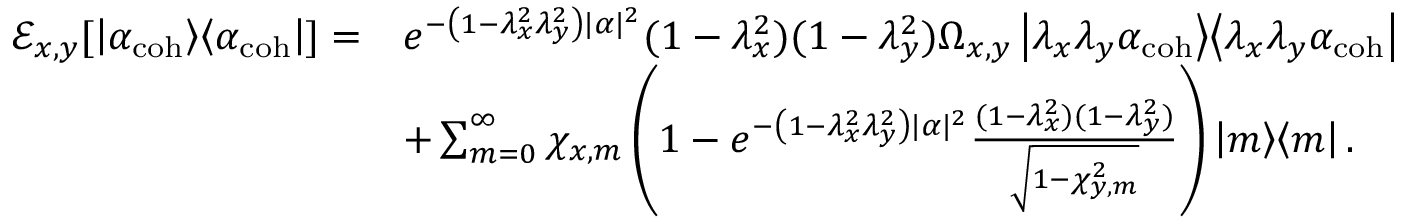
\begin{array} { r l } { \mathcal { E } _ { x , y } [ \left| \alpha _ { \mathrm { c o h } } \middle > \middle < \alpha _ { \mathrm { c o h } } \right| ] = } & { e ^ { - \left( 1 - \lambda _ { x } ^ { 2 } \lambda _ { y } ^ { 2 } \right) | \alpha | ^ { 2 } } ( 1 - \lambda _ { x } ^ { 2 } ) ( 1 - \lambda _ { y } ^ { 2 } ) \Omega _ { x , y } \left| \lambda _ { x } \lambda _ { y } \alpha _ { \mathrm { c o h } } \middle > \middle < \lambda _ { x } \lambda _ { y } \alpha _ { \mathrm { c o h } } \right| } \\ & { + \sum _ { m = 0 } ^ { \infty } \chi _ { x , m } \left( 1 - e ^ { - \left( 1 - \lambda _ { x } ^ { 2 } \lambda _ { y } ^ { 2 } \right) | \alpha | ^ { 2 } } \frac { ( 1 - \lambda _ { x } ^ { 2 } ) ( 1 - \lambda _ { y } ^ { 2 } ) } { \sqrt { 1 - \chi _ { y , m } ^ { 2 } } } \right) \left| m \middle > \middle < m \right| . } \end{array}